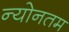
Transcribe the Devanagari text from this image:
न्योनतम